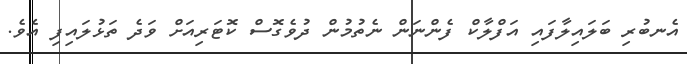
އެނބުރި ބަލައިލާފައި އަފްލާކް ފެންނަން ނެތުމުން ދުވެގޮސް ކޮޓަރިއަށް ވަދެ ތަޅުލައިފި އެވެ.